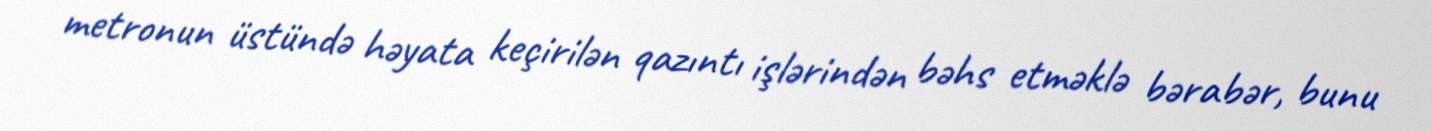
metronun üstündə həyata keçirilən qazıntı işlərindən bəhs etməklə bərabər, bunu